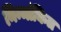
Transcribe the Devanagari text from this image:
निन्मांकित